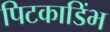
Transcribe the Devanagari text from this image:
पिटकाडिंभ